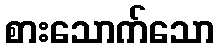
စားသောက်သော